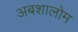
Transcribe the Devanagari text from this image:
अबशालोम